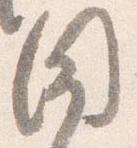
闍